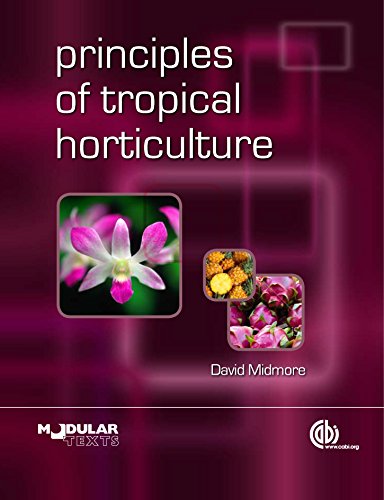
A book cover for Principles of Tropical Horticulture (Modular Texts Series); David J. Midmore; Science & Math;